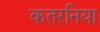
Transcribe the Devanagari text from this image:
कतरनिया